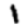
Digit: 1